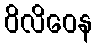
ဝိလိဝေန